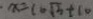
x = 1 0 \sqrt { 3 } + 1 0